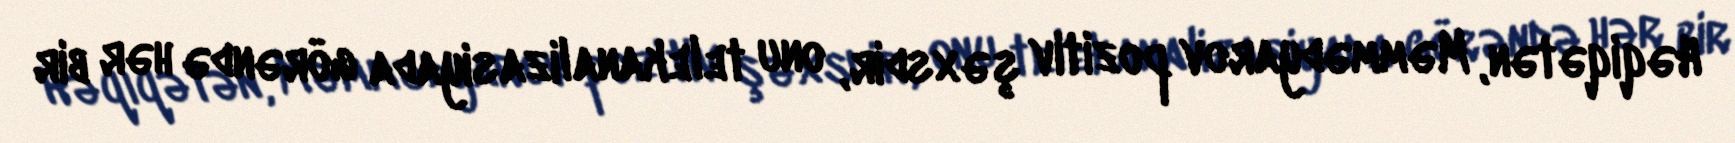
Həqiqətən, Məmmədyarov pozitiv şəxsdir, onu telekanalizasiyada görəndə hər bir